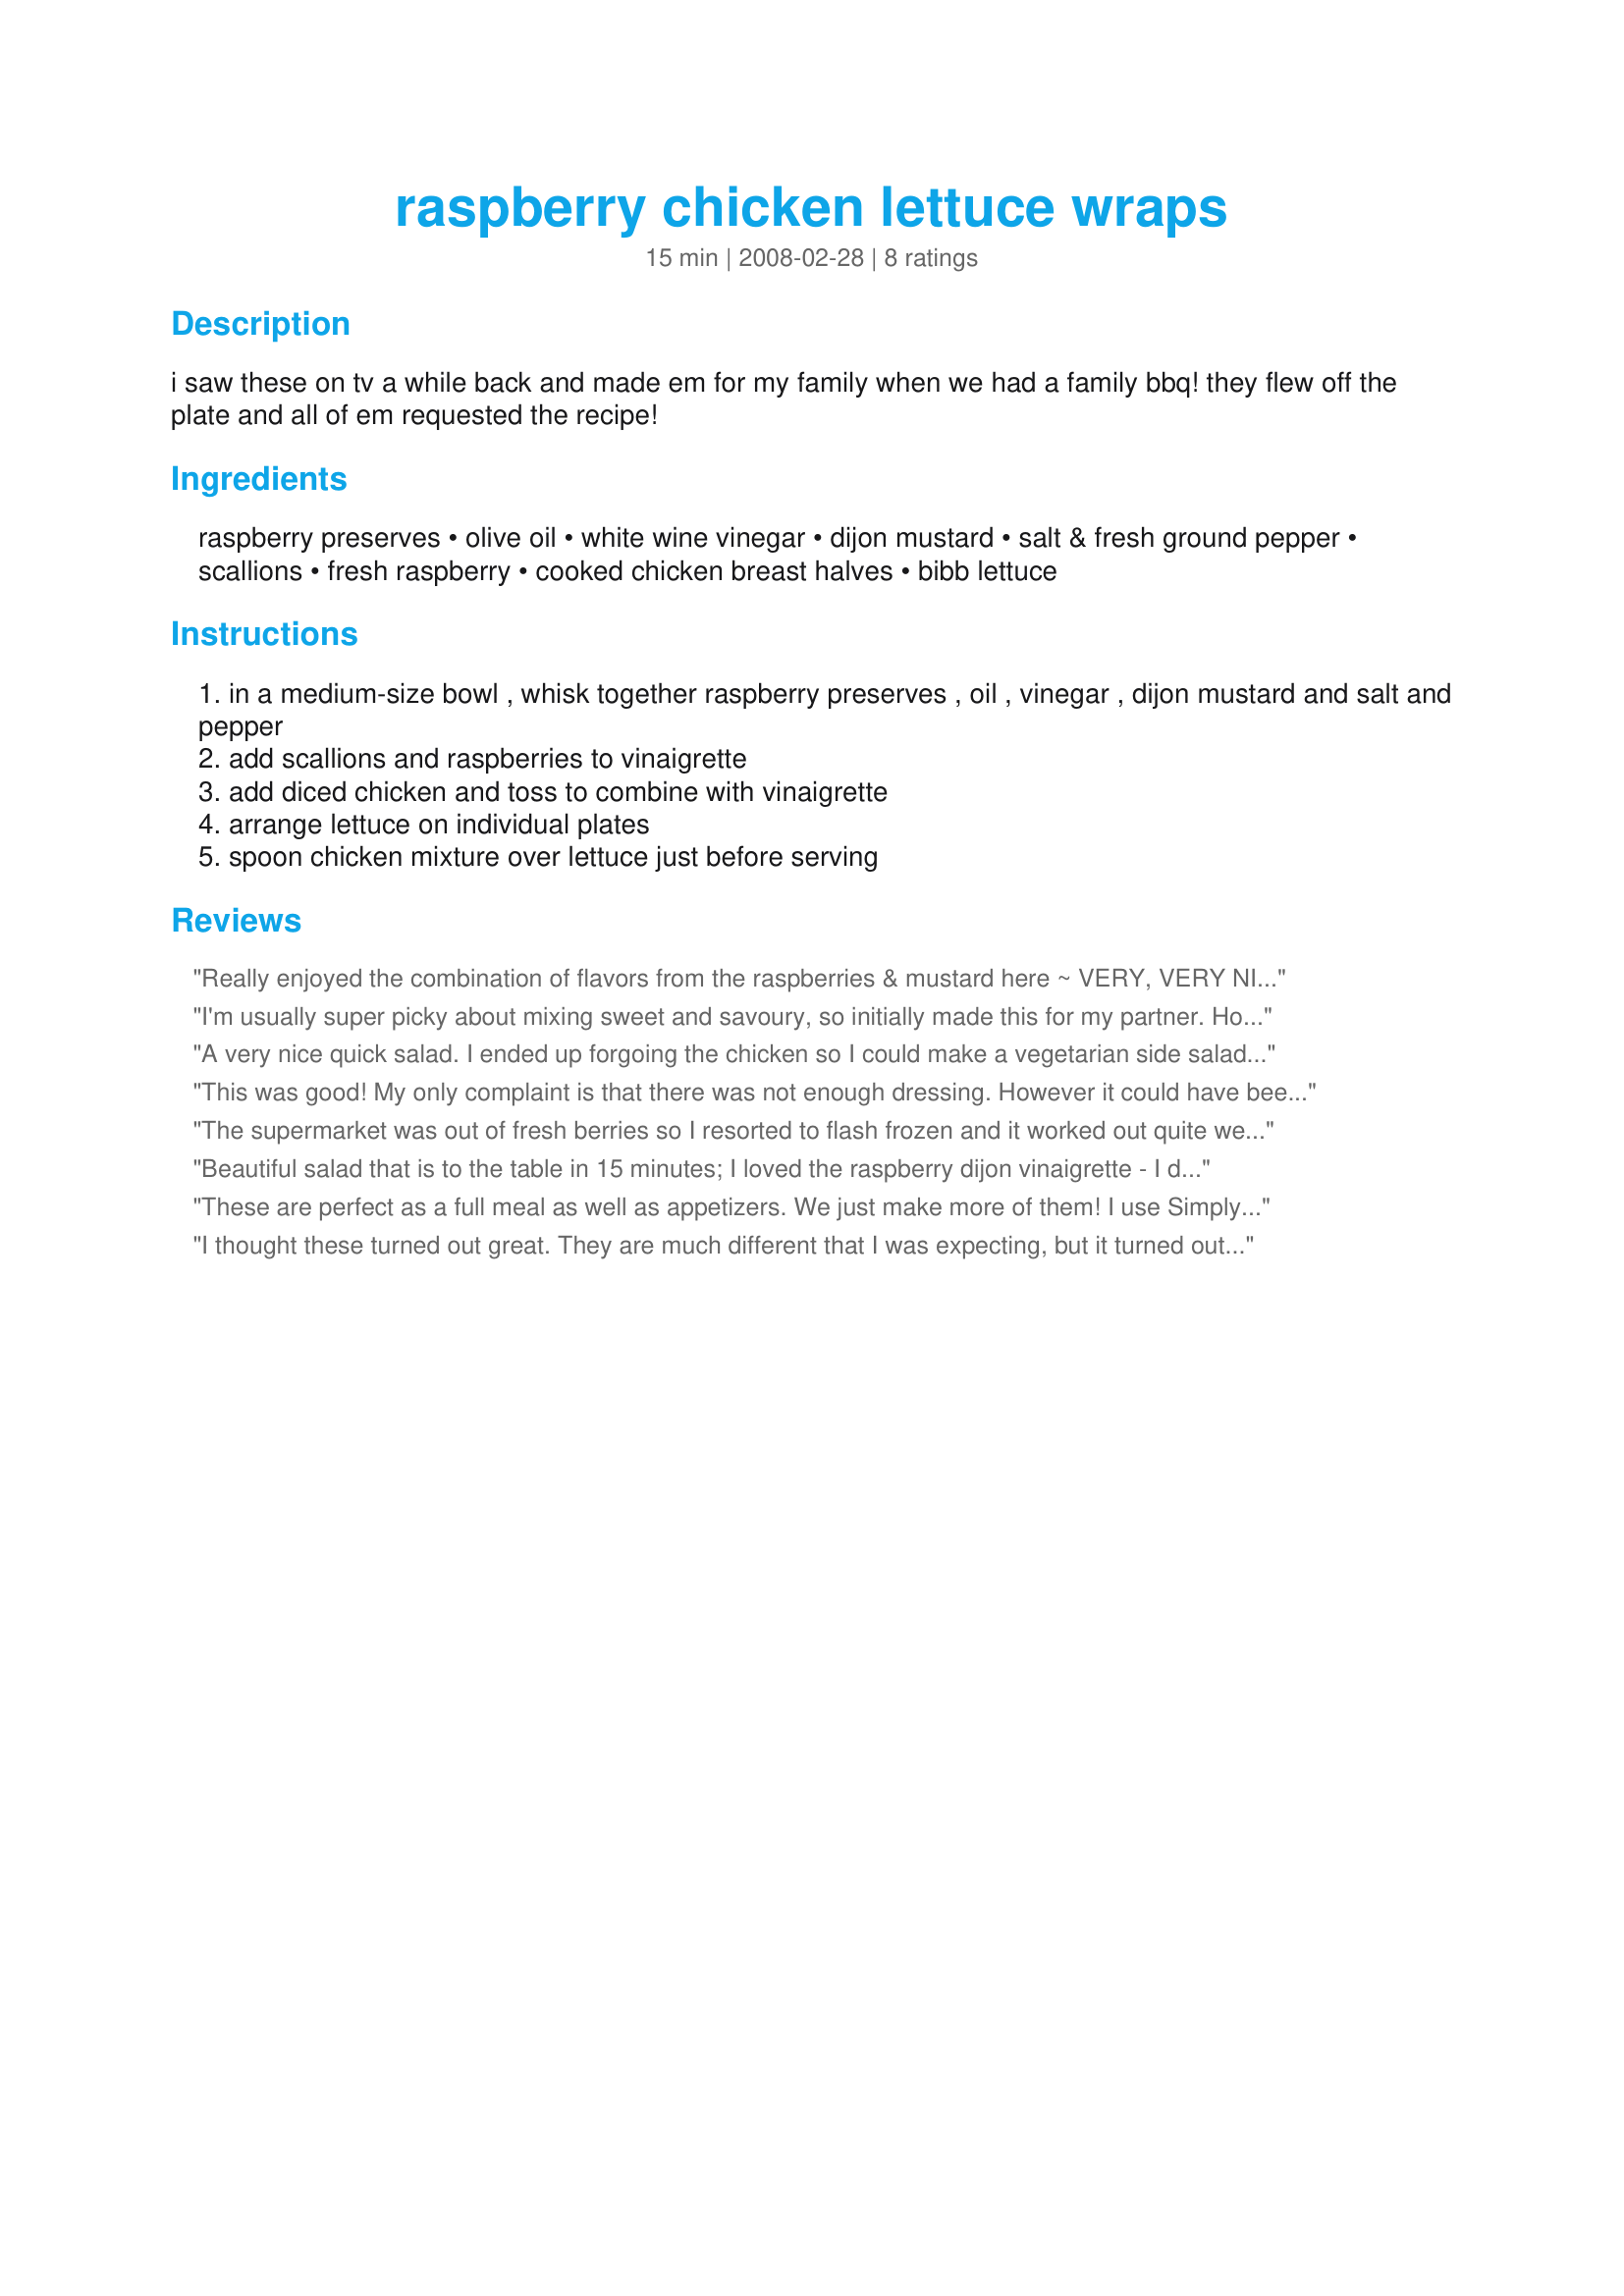
raspberry chicken lettuce wraps
Preparation time: 15 minutes

i saw these on tv a while back and made em for my family when we had a family bbq! they flew off the plate and all of em requested the recipe!

Ingredients:
raspberry preserves, olive oil, white wine vinegar, dijon mustard, salt & fresh ground pepper, scallions, fresh raspberry, cooked chicken breast halves, bibb lettuce

Steps:
in a medium-size bowl , whisk together raspberry preserves , oil , vinegar , dijon mustard and salt and pepper
add scallions and raspberries to vinaigrette
add diced chicken and toss to combine with vinaigrette
arrange lettuce on individual plates
spoon chicken mixture over lettuce just before serving

Reviews:
Really enjoyed the combination of flavors from the raspberries & mustard here ~ VERY, VERY NICE ~ & so easy to prepare! thanks for sharing! [Made & reviewed as a kidnapped recipe in the Aus/NZ Recipe Swap #16]
I'm usually super picky about mixing sweet and savoury, so initially made this for my partner. However, this has just become my favourite salad EVER. The vinaigrette is to die for!! What a fantastic, flavourful salad!
A very nice quick salad. I ended up forgoing the chicken so I could make a vegetarian side salad and halved the recipe to make a better serving for two people--it was still absolutely perfect. I loved the taste that the dijon and white wine vinegar add to it. A lovely spring/summer salad that is definitely worth a try!
This was good! My only complaint is that there was not enough dressing. However it could have been my fault. I marinated the cooked chicken in the marinade overnight so perhaps the chicken absorbed some of the dressing, but it was delicious! Made for healthy choices tag game 2013
The supermarket was out of fresh berries so I resorted to flash frozen and it worked out quite well. I did not mix in the berries and scallions but used them to top off the salad. The three of us give it a five-star all the way. Made for the Beverage Tag. TFS a good luncheon salad.
Beautiful salad that is to the table in 15 minutes; I loved the raspberry dijon vinaigrette - I did use raspberry vinegar in place of white wine vinegar. I used frozen berries, then added the warm chicken to the mixture, it worked perfectly. Truly divine! I served over mixed greens. Made for PAC Spring 2008.
These are perfect as a full meal as well as appetizers. We just make more of them! I use Simply Fruit raspberry preserves to cut back on sugar and I like the taste better. If I don't have Simply Fruit on hand, I just smash more raspberries and that works perfectly. I love the freshness of it. I sometimes make sweet potato dollars as a side and some steamed broccoli or grilled asparagus with this and it's a great meal. I don't change this recipe in any other way. Like I said, it is perfect. BTW- it IS a wrap, not a salad, but I guess you could turn it into a salad, but it really does just knock your socks off as a different sort of lettuce wrap than the usual.
I thought these turned out great. They are much different that I was expecting, but it turned out to be a nice light tasty summer meal. I was a little confused. All the reviews had it as a salad, but the recipe title had it as lettuce wraps, so I went with the lettuce wraps. We added a little white rice to each wrap, and I think next time I may add some slivered almonds. I really liked the dressing.
